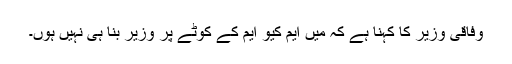
وفاقی وزیر کا کہنا ہے کہ میں ایم کیو ایم کے کوٹے پر وزیر بنا ہی نہیں ہوں۔